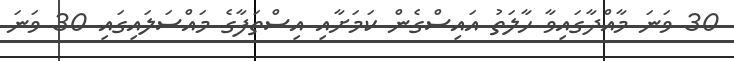
30 ވަނަ މާއްދާގައިވާ ހާލަތު އައިސްގެން ކަމަށާއި އިސްތަފާގެ މައްސަލައިގައި 30 ވަނަ